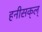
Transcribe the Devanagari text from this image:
हनीसक्‌ल्‌